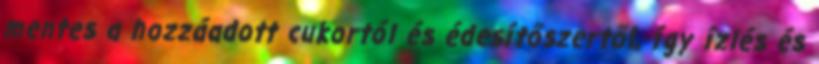
mentes a hozzáadott cukortól és édesítőszertől, így ízlés és